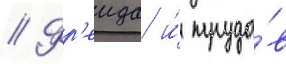
// Фр'еида и́ трудо́в